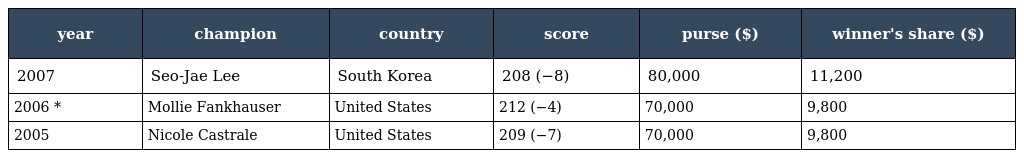
| year | champion | country | score | purse ($) | winner's share ($) |
 | --- | --- | --- | --- | --- | --- |
 | 2007 | Seo-Jae Lee | South Korea | 208 (−8) | 80,000 | 11,200 |
 | 2006 * | Mollie Fankhauser | United States | 212 (−4) | 70,000 | 9,800 |
 | 2005 | Nicole Castrale | United States | 209 (−7) | 70,000 | 9,800 |